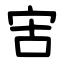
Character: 㝒